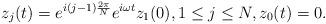
LaTeX: \begin{align*} z_j(t)=e^{i(j-1)\frac{2\pi}{N} }e^{i\omega t}z_1(0),1\leq j\leq N,z_0(t)=0.\end{align*}